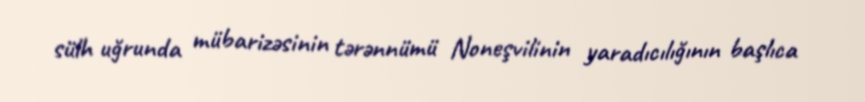
sülh uğrunda mübarizəsinin tərənnümü Noneşvilinin yaradıcılığının başlıca